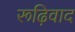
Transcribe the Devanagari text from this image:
रूढ़िवाद